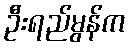
ဦးရည်မွန်က